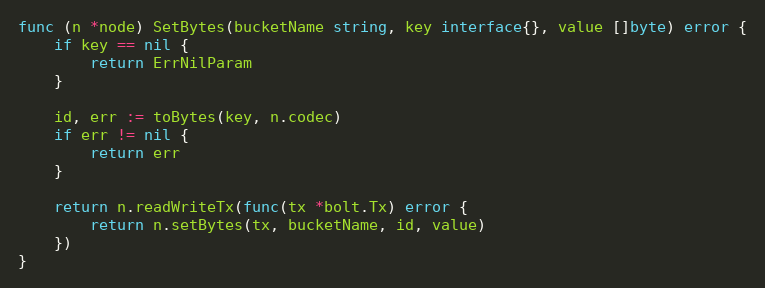
Language: Go
func (n *node) SetBytes(bucketName string, key interface{}, value []byte) error {
	if key == nil {
		return ErrNilParam
	}

	id, err := toBytes(key, n.codec)
	if err != nil {
		return err
	}

	return n.readWriteTx(func(tx *bolt.Tx) error {
		return n.setBytes(tx, bucketName, id, value)
	})
}